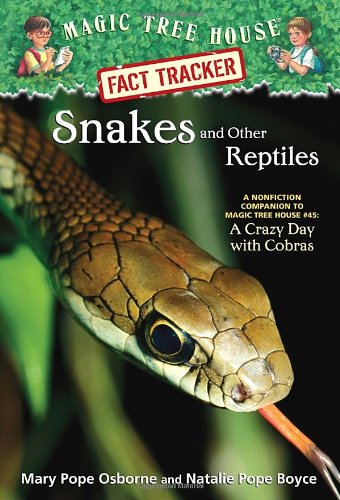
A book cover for Magic Tree House Fact Tracker #23: Snakes and Other Reptiles: A Nonfiction Companion to Magic Tree House #45: A Crazy Day with Cobras; Mary Pope Osborne; Children's Books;